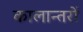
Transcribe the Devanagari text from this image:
कालान्तरों